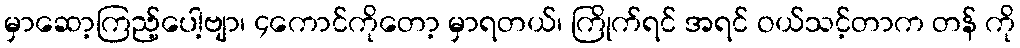
မှာဆော့ကြည့်ပေါ့ဗျာ၊ ၄ကောင်ကိုတော့ မှာရတယ်၊ ကြိုက်ရင် အရင် ဝယ်သင့်တာက တန် ကို